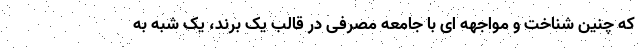
که چنین شناخت و مواجهه ای با جامعه مصرفی در قالب یک برند، یک شبه به